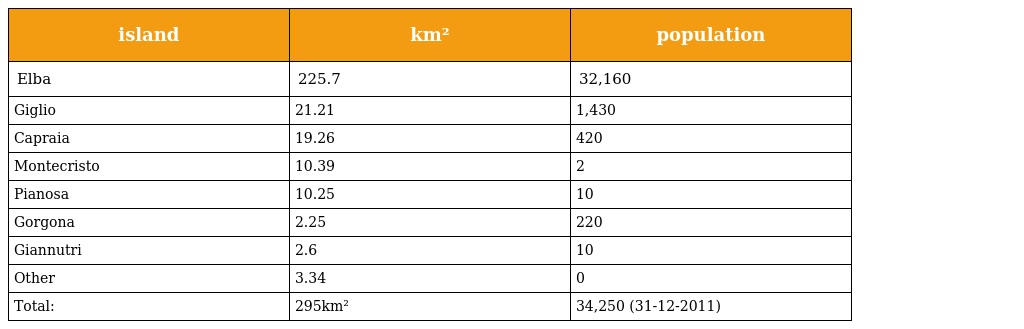
| island | km² | population |
 | --- | --- | --- |
 | Elba | 225.7 | 32,160 |
 | Giglio | 21.21 | 1,430 |
 | Capraia | 19.26 | 420 |
 | Montecristo | 10.39 | 2 |
 | Pianosa | 10.25 | 10 |
 | Gorgona | 2.25 | 220 |
 | Giannutri | 2.6 | 10 |
 | Other | 3.34 | 0 |
 | Total: | 295km² | 34,250 (31-12-2011) |